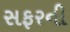
સફરની